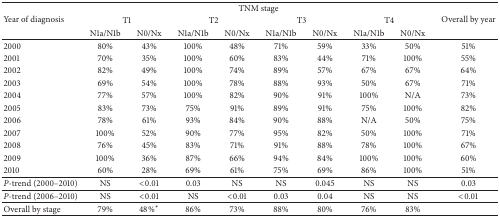
<table><thead><tr><td rowspan="3"><b>Year of diagnosis</b></td><td colspan="8"><b>TNM stage</b></td><td rowspan="3"><b>Overall by year</b></td></tr><tr><td colspan="2"><b>T1</b></td><td colspan="2"><b>T2</b></td><td colspan="2"><b>T3</b></td><td colspan="2"><b>T4</b></td></tr><tr><td><b>N1a/N1b</b></td><td><b>N0/Nx</b></td><td><b>N1a/N1b</b></td><td><b>N0/Nx</b></td><td><b>N1a/N1b</b></td><td><b>N0/Nx</b></td><td><b>N1a/N1b</b></td><td><b>N0/Nx</b></td></tr></thead><tbody><tr><td>2000</td><td>80%</td><td>43%</td><td>100%</td><td>48%</td><td>71%</td><td>59%</td><td>33%</td><td>50%</td><td>51%</td></tr><tr><td>2001</td><td>70%</td><td>35%</td><td>100%</td><td>60%</td><td>83%</td><td>44%</td><td>71%</td><td>100%</td><td>55%</td></tr><tr><td>2002</td><td>82%</td><td>49%</td><td>100%</td><td>74%</td><td>89%</td><td>57%</td><td>67%</td><td>67%</td><td>64%</td></tr><tr><td>2003</td><td>69%</td><td>54%</td><td>100%</td><td>78%</td><td>88%</td><td>93%</td><td>50%</td><td>67%</td><td>71%</td></tr><tr><td>2004</td><td>77%</td><td>57%</td><td>100%</td><td>82%</td><td>90%</td><td>91%</td><td>100%</td><td>N/A</td><td>73%</td></tr><tr><td>2005</td><td>83%</td><td>73%</td><td>75%</td><td>91%</td><td>89%</td><td>91%</td><td>75%</td><td>100%</td><td>82%</td></tr><tr><td>2006</td><td>78%</td><td>61%</td><td>93%</td><td>84%</td><td>90%</td><td>88%</td><td>N/A</td><td>50%</td><td>75%</td></tr><tr><td>2007</td><td>100%</td><td>52%</td><td>90%</td><td>77%</td><td>95%</td><td>82%</td><td>50%</td><td>100%</td><td>71%</td></tr><tr><td>2008</td><td>76%</td><td>45%</td><td>83%</td><td>71%</td><td>91%</td><td>88%</td><td>78%</td><td>100%</td><td>67%</td></tr><tr><td>2009</td><td>100%</td><td>36%</td><td>87%</td><td>66%</td><td>94%</td><td>84%</td><td>100%</td><td>100%</td><td>60%</td></tr><tr><td>2010</td><td>60%</td><td>28%</td><td>69%</td><td>61%</td><td>75%</td><td>69%</td><td>86%</td><td>100%</td><td>51%</td></tr><tr><td><i>P</i>-trend (2000–2010)</td><td>NS</td><td>&lt;0.01</td><td>0.03</td><td>NS</td><td>NS</td><td>0.045</td><td>NS</td><td>NS</td><td>0.03</td></tr><tr><td><i>P</i>-trend (2006–2010)</td><td>NS</td><td>&lt;0.01</td><td>NS</td><td>&lt;0.01</td><td>0.03</td><td>0.04</td><td>NS</td><td>NS</td><td>&lt;0.01</td></tr><tr><td>Overall by stage</td><td>79%</td><td>48%<sup><i>∗</i></sup></td><td>86%</td><td>73%</td><td>88%</td><td>80%</td><td>76%</td><td>83%</td><td> </td></tr></tbody></table>